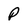
Character: P